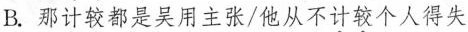
B.那计较都是吴用主张/他从不计较个人得失